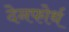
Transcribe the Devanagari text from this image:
देनफोर्थ